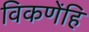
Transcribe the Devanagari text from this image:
विकणेंहि